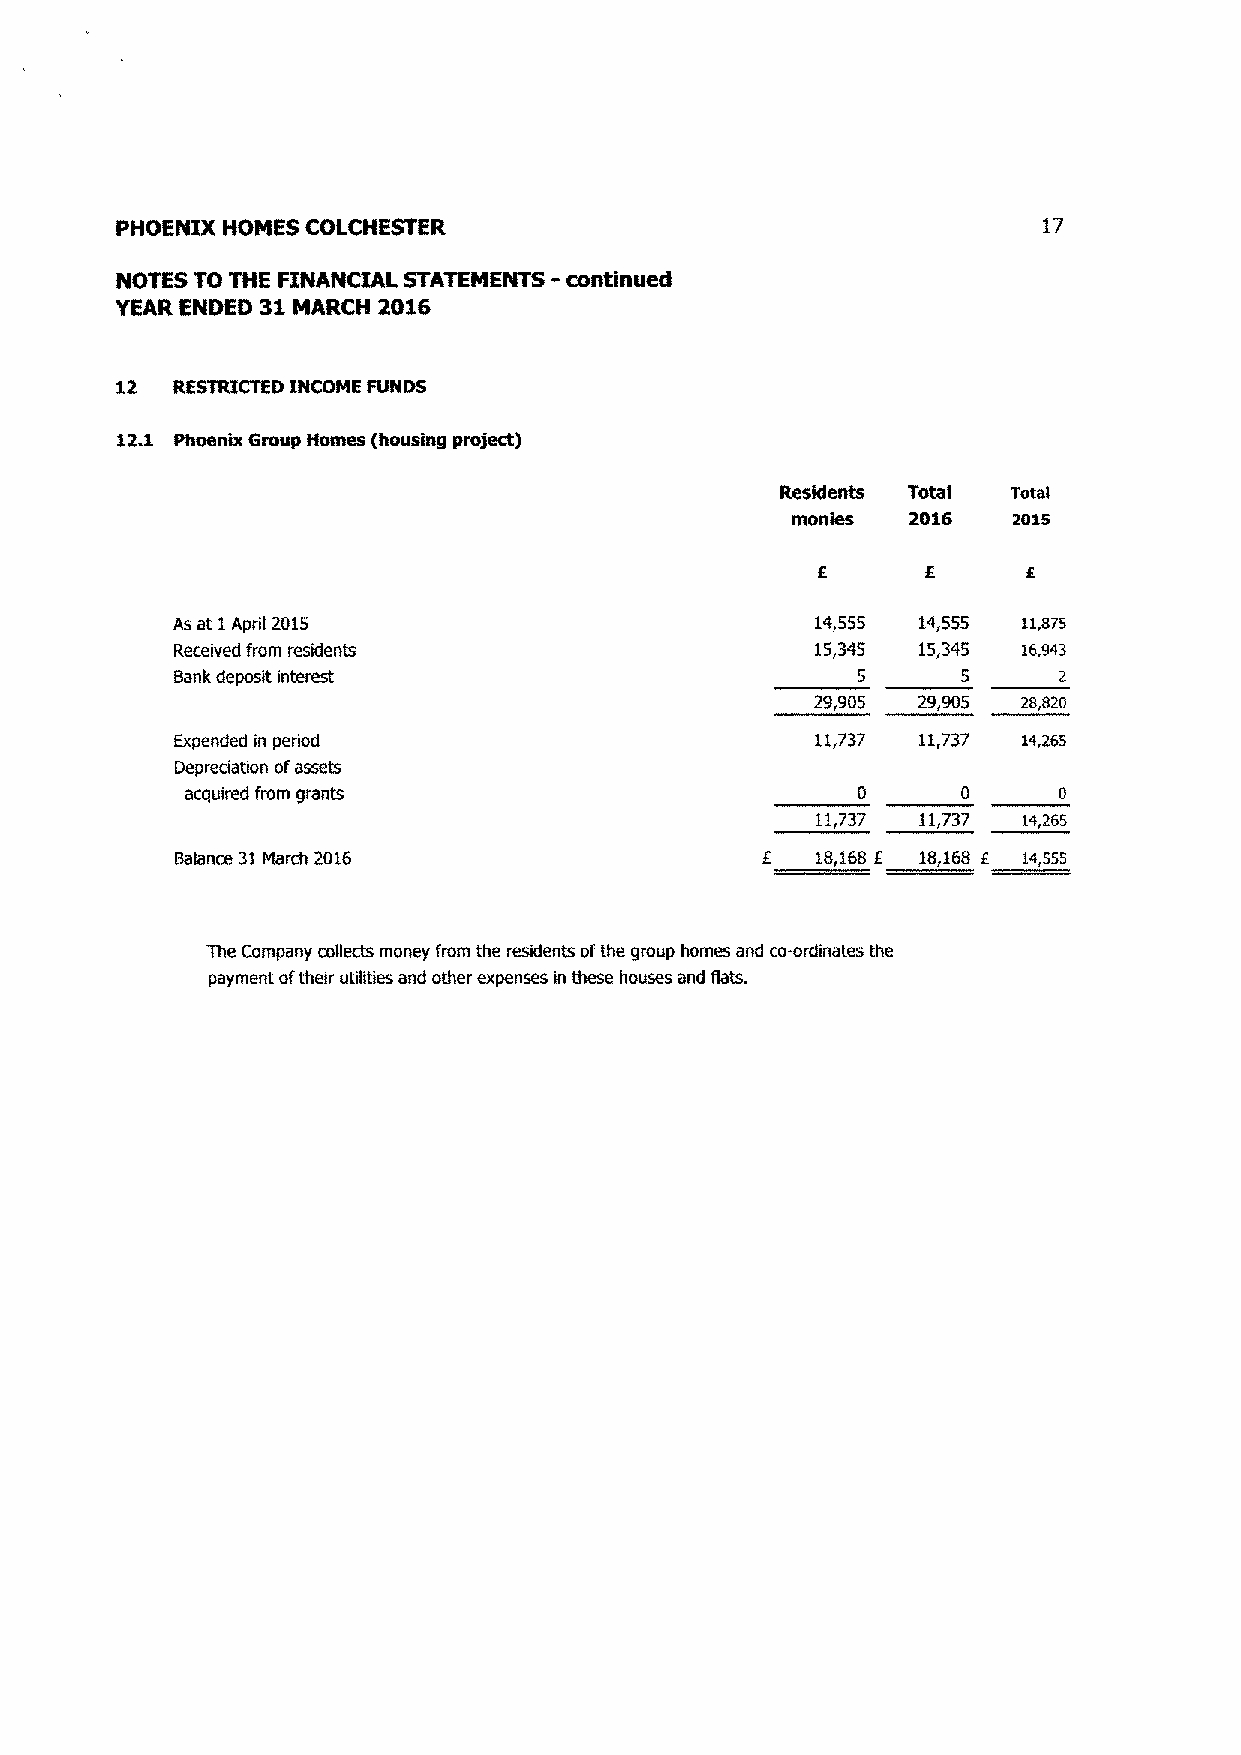
i~
 PHOENIX HOMES COLCHESTER
 NOTES TO THE FINANCU►L STATEMENTS - wntinued
 YEAR ENDED 31 MARCH 2016
 12  RESTRICTED INCOME FUNDS
 12.1 Phoenix Group Homes (housing project)
 Residents Totai Total
 monies  2016   z0i5
 £      £      f
 As at 1 April 2015                         14,555 14,555 11,875
 Received from residents                    15,345 13,345 16,943
 Bank deposit interest                         5      5     2
 29,905 29,905 zs,82o
 Expended in period                         11,737 11,737 1x,265
 Depreciation of assets
 acquired from grantr                         0      0     0
 11,737 11,737 i4,a65
 Balance 31 March 2016                  £   18,168 £ 18,168 £ 14,555
 The Company collects money from the residents of the group homes and corordinates the
 payment of their utilities and other expenses in these houses and flats.